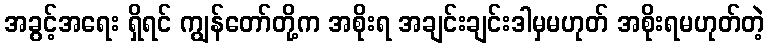
အခွင့်အရေး ရှိရင် ကျွန်တော်တို့က အစိုးရ အချင်းချင်းဒါမှမဟုတ် အစိုးရမဟုတ်တဲ့